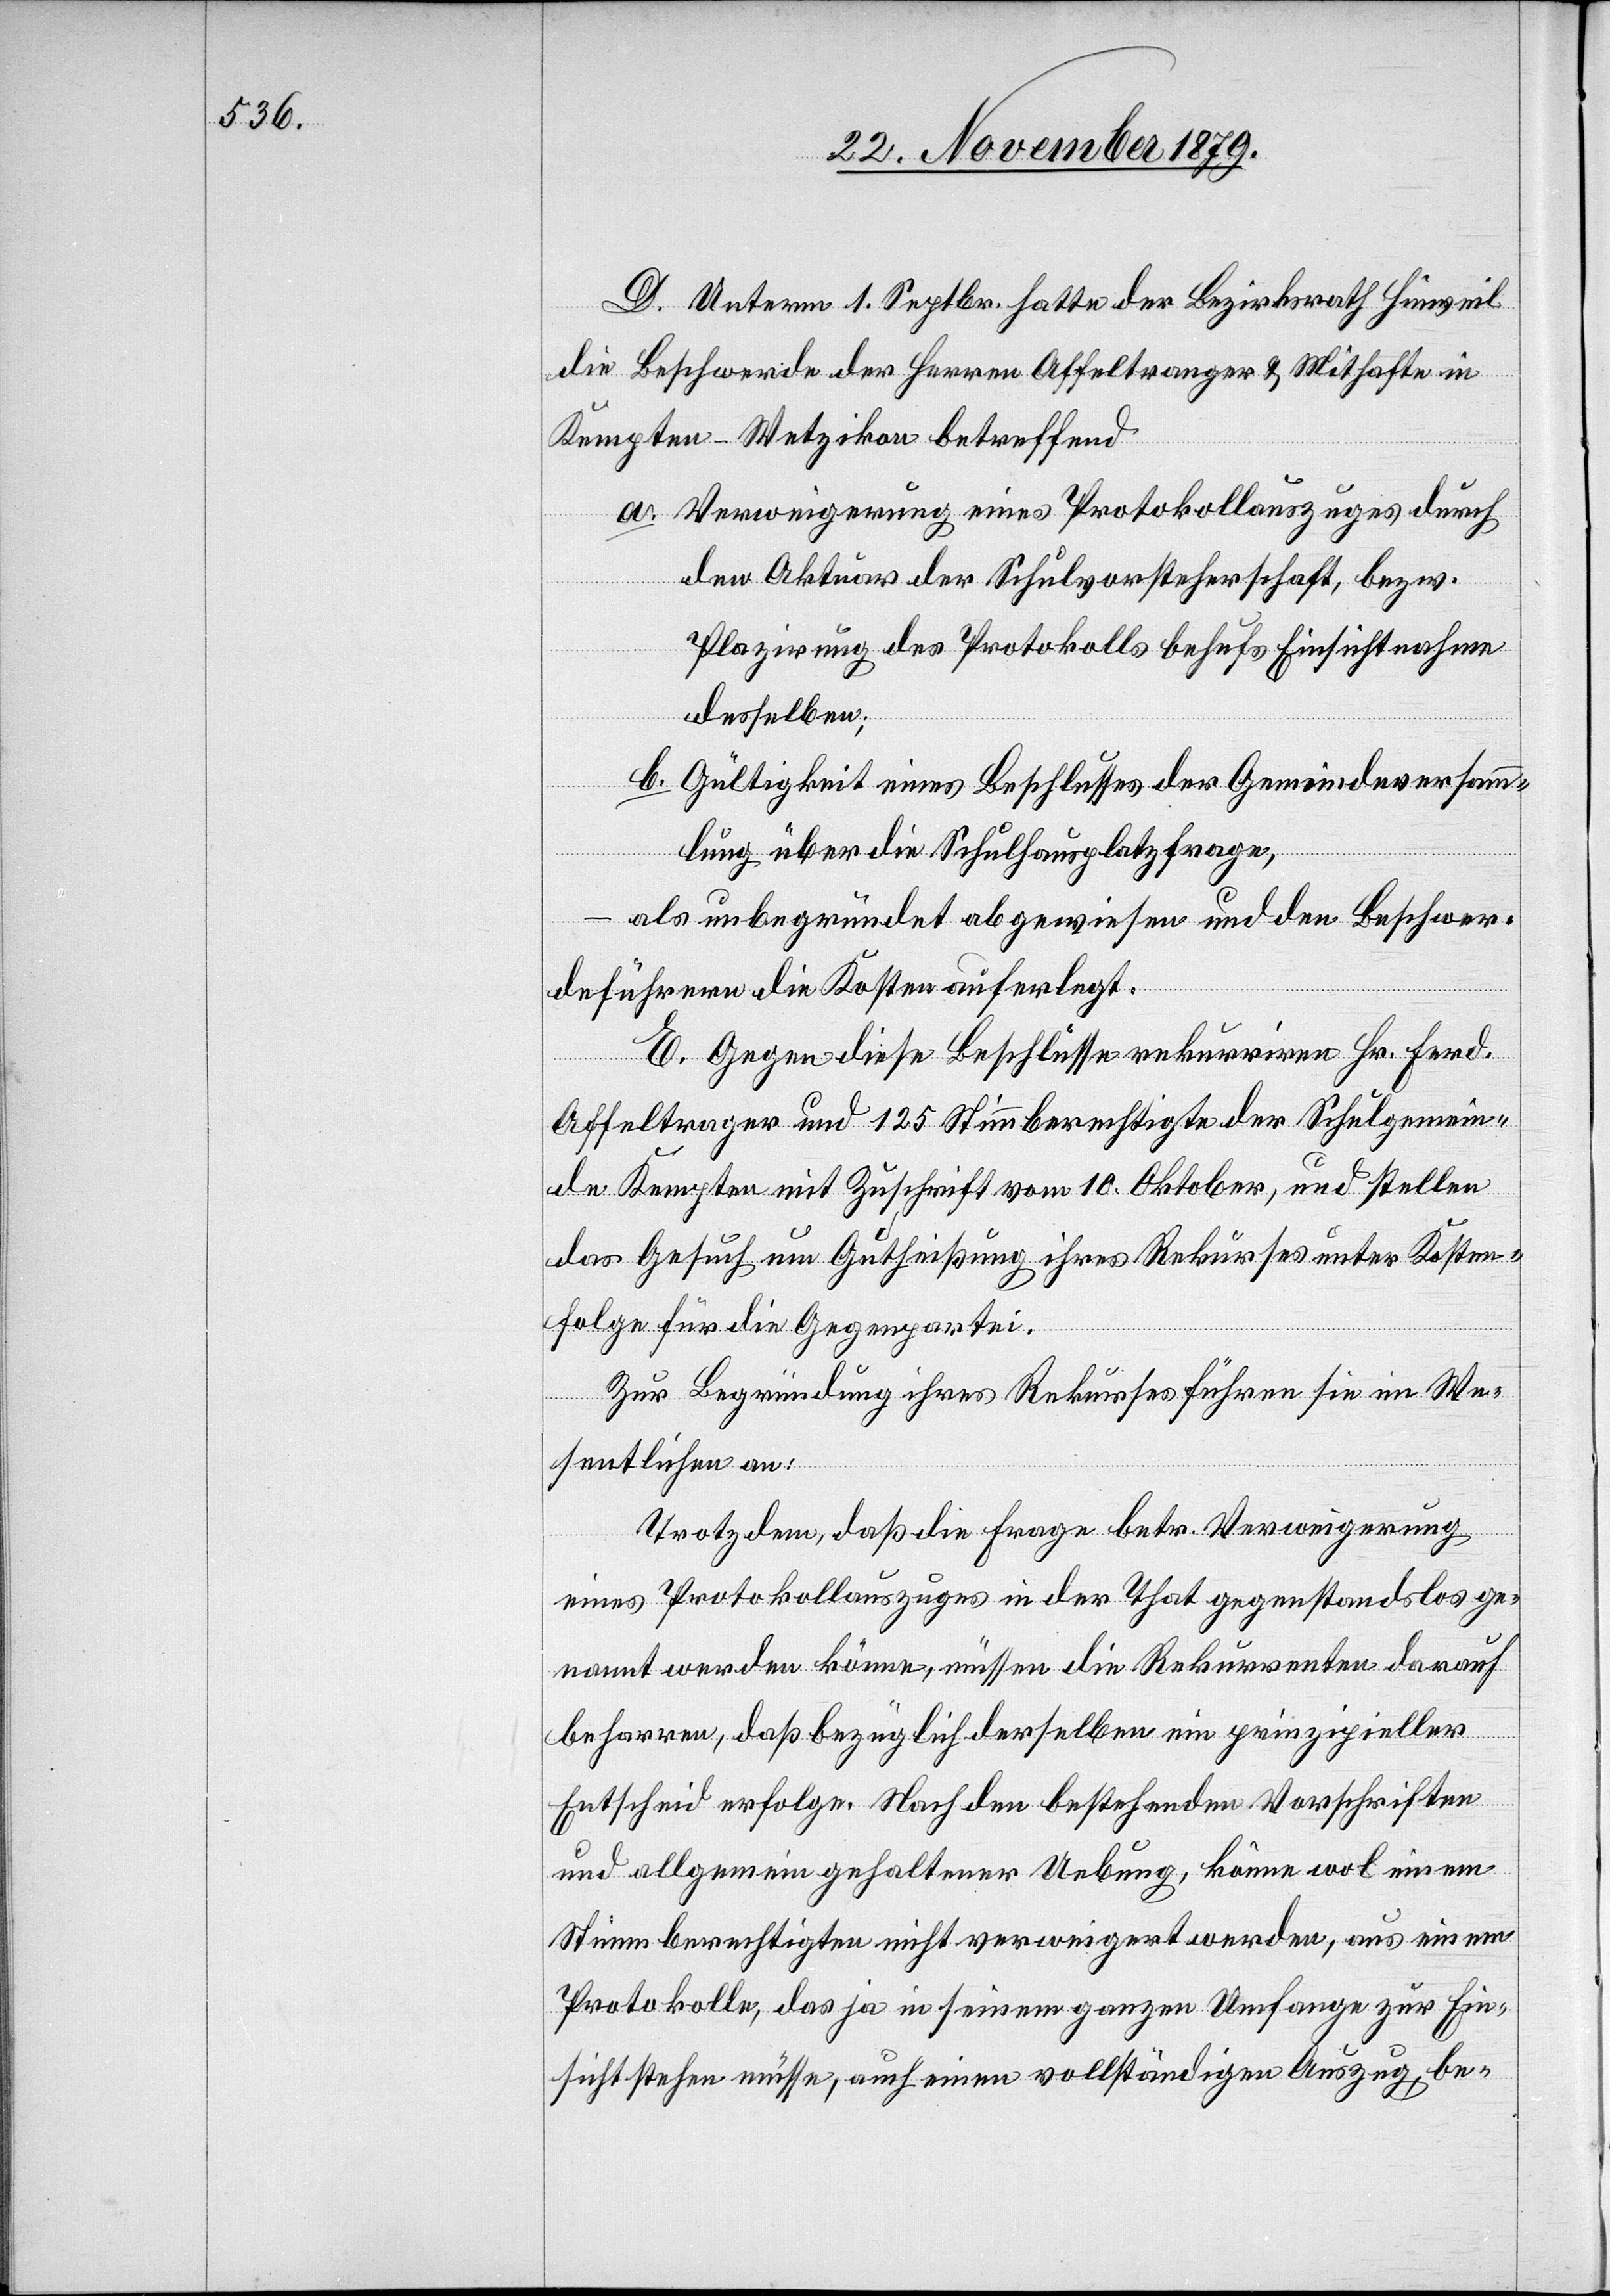
D. Unterm 1. Septbr. hatte der Bezirksrath Hinweil
die Beschwerde der Herren Affeltranger & Mithafte in
Kempten - Wetzikon betreffend
a. Verweigerung eines Protokollauszuges durch
den Aktuar der Schulvorsteherschaft, bezw.
Plazirung des Protokolls behufs Einsichtnahme
desselben;
b. Gültigkeit eines Beschlusses der Gemeindeversamm¬
lung über die Schulhausplatzfrage,
– als unbegründet abgewiesen und den Beschwer¬
deführern die Kosten auferlegt.
E. Gegen diese Beschlüsse rekurriren Hr. Ferd.
Affeltranger und 125 Stimmberechtigte der Schulgemein¬
de Kempten mit Zuschrift vom 10. Oktober, und stellen
das Gesuch um Gutheißung ihres Rekurses unter Kosten¬
folgen für die Gegenpartei.
Zur Begründung ihres Rekurses führen sie im We¬
sentlichen an:
Trotzdem, daß die Frage betr. Verweigerung
eines Protokollauszuges in der That gegenstandslos ge¬
nannt werden könne, müssen die Rekurrenten darauf
beharren, daß bezüglich derselben ein prinzipieller
Entscheid erfolge. Nach den bestehenden Vorschriften
und allgemein gehaltener Uebung, könne wol einem
Protokolle, das ja in seinem ganzen Umfange zur Ein¬
sicht stehen müsse, auch einen vollständigen Auszug, be-